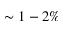
\sim 1 - 2 \%